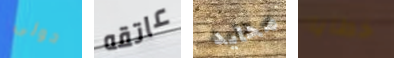
حولى عاتقه محايد خطايا